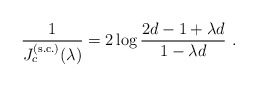
\begin{align*}{1\over J_c^{\rm (s.c.)}(\lambda)} = 2 \log {2d -1 + \lambda d\over 1 -\lambda d}~.\end{align*}